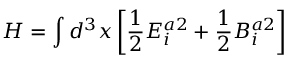
H = \int d ^ { 3 } x \left[ { \frac { 1 } { 2 } } E _ { i } ^ { a 2 } + { \frac { 1 } { 2 } } B _ { i } ^ { a 2 } \right]